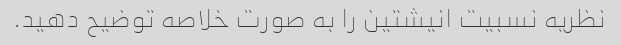
نظریه نسبیت انیشتین را به صورت خلاصه توضیح دهید.